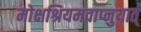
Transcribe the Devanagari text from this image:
मोक्षश्रियमवाप्नुयात्